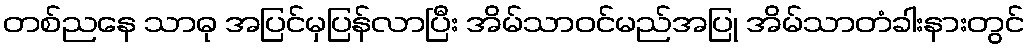
တစ်ညနေ သာဓု အပြင်မှပြန်လာပြီး အိမ်သာဝင်မည်အပြု အိမ်သာတံခါးနားတွင်